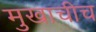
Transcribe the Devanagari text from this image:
मुखाचीच